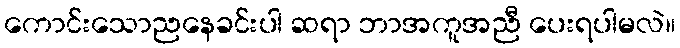
ကောင်းသောညနေခင်းပါ ဆရာ ဘာအကူအညီ ပေးရပါမလဲ။